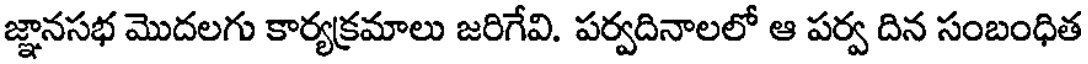
జ్ఞానసభ మొదలగు కార్యక్రమాలు జరిగేవి. పర్వదినాలలో ఆ పర్వ దిన సంబంధిత